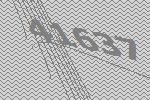
41637